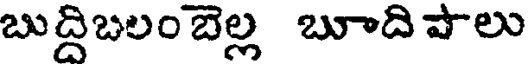
బుద్దిబలంబెల్ల బూది పాలు